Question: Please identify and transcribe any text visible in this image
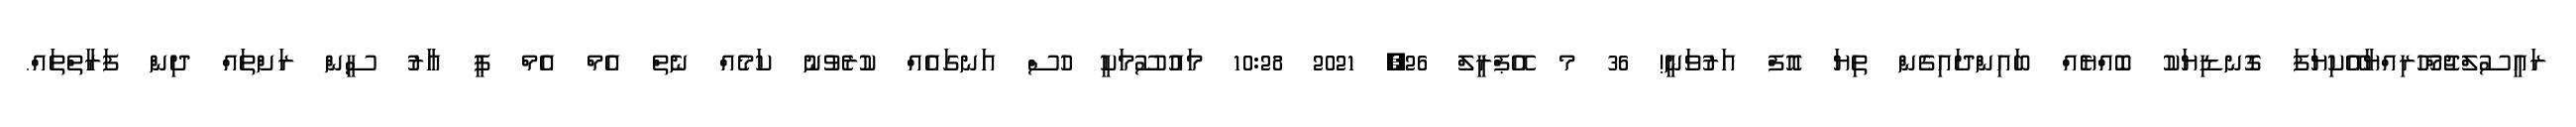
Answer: ރައީސުލްޖުމްހޫރިއްޔާއޭކިޔަފަ ގޮނޑިޔަކު ބޮއްޔެއް ބައިންދައިގެން ތިޔަ އޮފް އަރުވަނީ! 36 މ އޭޕްރީލް 26, 2021 10:28 މައުސޫމަކީ ހުސް އަނގައެއް ކުރެވުނު ކަމެއް ނެތް އެމް އެމް ޕީ އާރު ސީން ރަށްތައް ދިން ފަރާތްތައް.